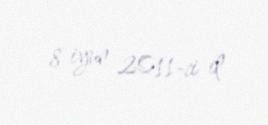
8 iyun 2011-ci il